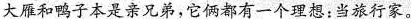
大雁和鸭子本是亲兄弟，它俩都有一个理想：当旅行家。